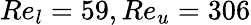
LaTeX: Re_{l}=59,Re_{u}=306